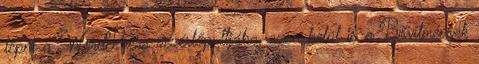
lépni a WordPress vezérlőpultjába, azon belül is a Bővítmények